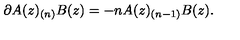
\partial A ( z ) _ { ( n ) } B ( z ) = - n A ( z ) _ { ( n - 1 ) } B ( z ) .